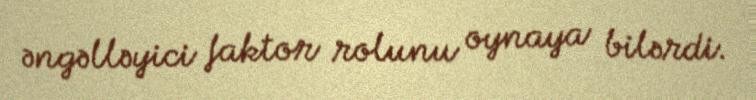
əngəlləyici faktor rolunu oynaya bilərdi.